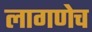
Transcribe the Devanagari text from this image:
लागणेच